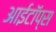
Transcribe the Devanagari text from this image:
आईटॉप्स